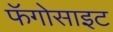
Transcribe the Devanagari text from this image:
फॅगोसाइट